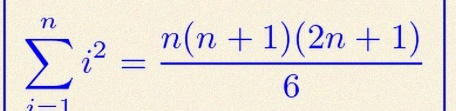
\sum_{i=1}^{n}i^2=\frac{n(n+1)(2n+1)}6